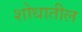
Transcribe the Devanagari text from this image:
शोधातील